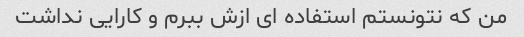
من که نتونستم استفاده ای ازش ببرم و کارایی نداشت